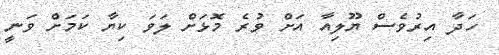
ހަދާ އިރުވެސް ޔޫލިއާ އަށް ވުރެ މޮޅަށް ލަވަ ކިޔާ ކަމަށް ވަނީ